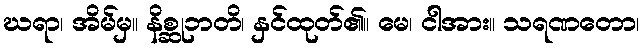
ဃရာ၊ အိမ်မှ။ နိစ္ဆုဘတိ၊ နှင်ထုတ်၏။ မေ၊ ငါအား။ သရဏတော၊